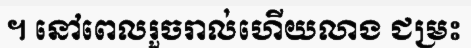
។ នៅពេលរួចរាល់ហើយលាង ជម្រះ